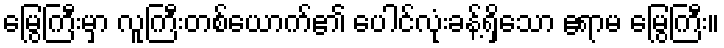
မြွေကြီးမှာ လူကြီးတစ်ယောက်၏ ပေါင်လုံးခန့်ရှိသော ဧရာမ မြွေကြီး။